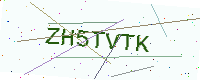
Text: ZH5TVTK